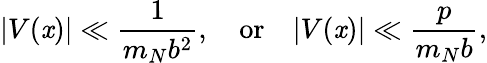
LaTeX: |V(\mathit{x})|\ll\frac{{1}}{{m_{N}b^{2}}},\quad\mathrm{{or}}\quad|V(\mathit{x})|\ll\frac{{p}}{{m_{N}b}},